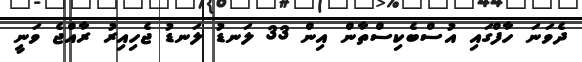
ދެވަނަ ހާފްގައި އުސްބެކިސްތާން އިން 33 ލަނޑު ލަނޑު ޖެހިއިރު ރާއްޖެ ވަނީ